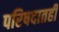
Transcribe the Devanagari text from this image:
परिषदातही